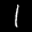
Label: 1